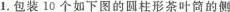
1.包装10个如下图的圆柱形茶叶筒的侧